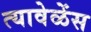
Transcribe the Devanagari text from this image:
त्यावेळेंस